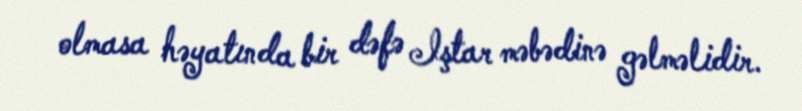
olmasa həyatında bir dəfə Iştar məbədinə gəlməlidir.